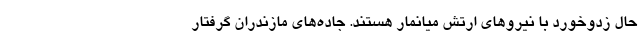
حال زدوخورد با نیروهای ارتش میانمار هستند. جاده‌های مازندران گرفتار